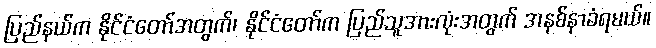
ပြည်နယ်က နိုင်ငံတော်အတွက်၊ နိုင်ငံတော်က ပြည်သူအားလုံးအတွက် အနစ်နာခံရမယ်။